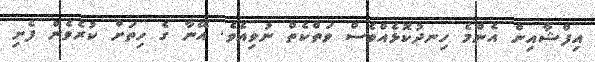
އިފްޝާއިން އެންމެ ހިނދުކޮޅެއްވެސް ވަތްކެތް ނުވިއެވެ. އޭނާ ގެ ހިތަށް ކުރެވެން ފެށި